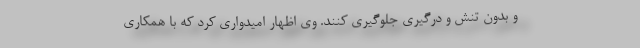
و بدون تنش و درگیری جلوگیری کنند. وی اظهار امیدواری کرد که با همکاری